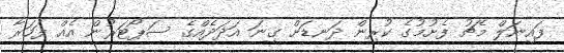
ފައިނަލް މެޗު ފެށުމުގެ ކުރިން ދަނޑަށް ގިނަ އަދަދެއްގެ ސަޕޯޓަަރުން އެއް ފަހަރާ